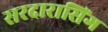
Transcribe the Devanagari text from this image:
सरदारासिंग